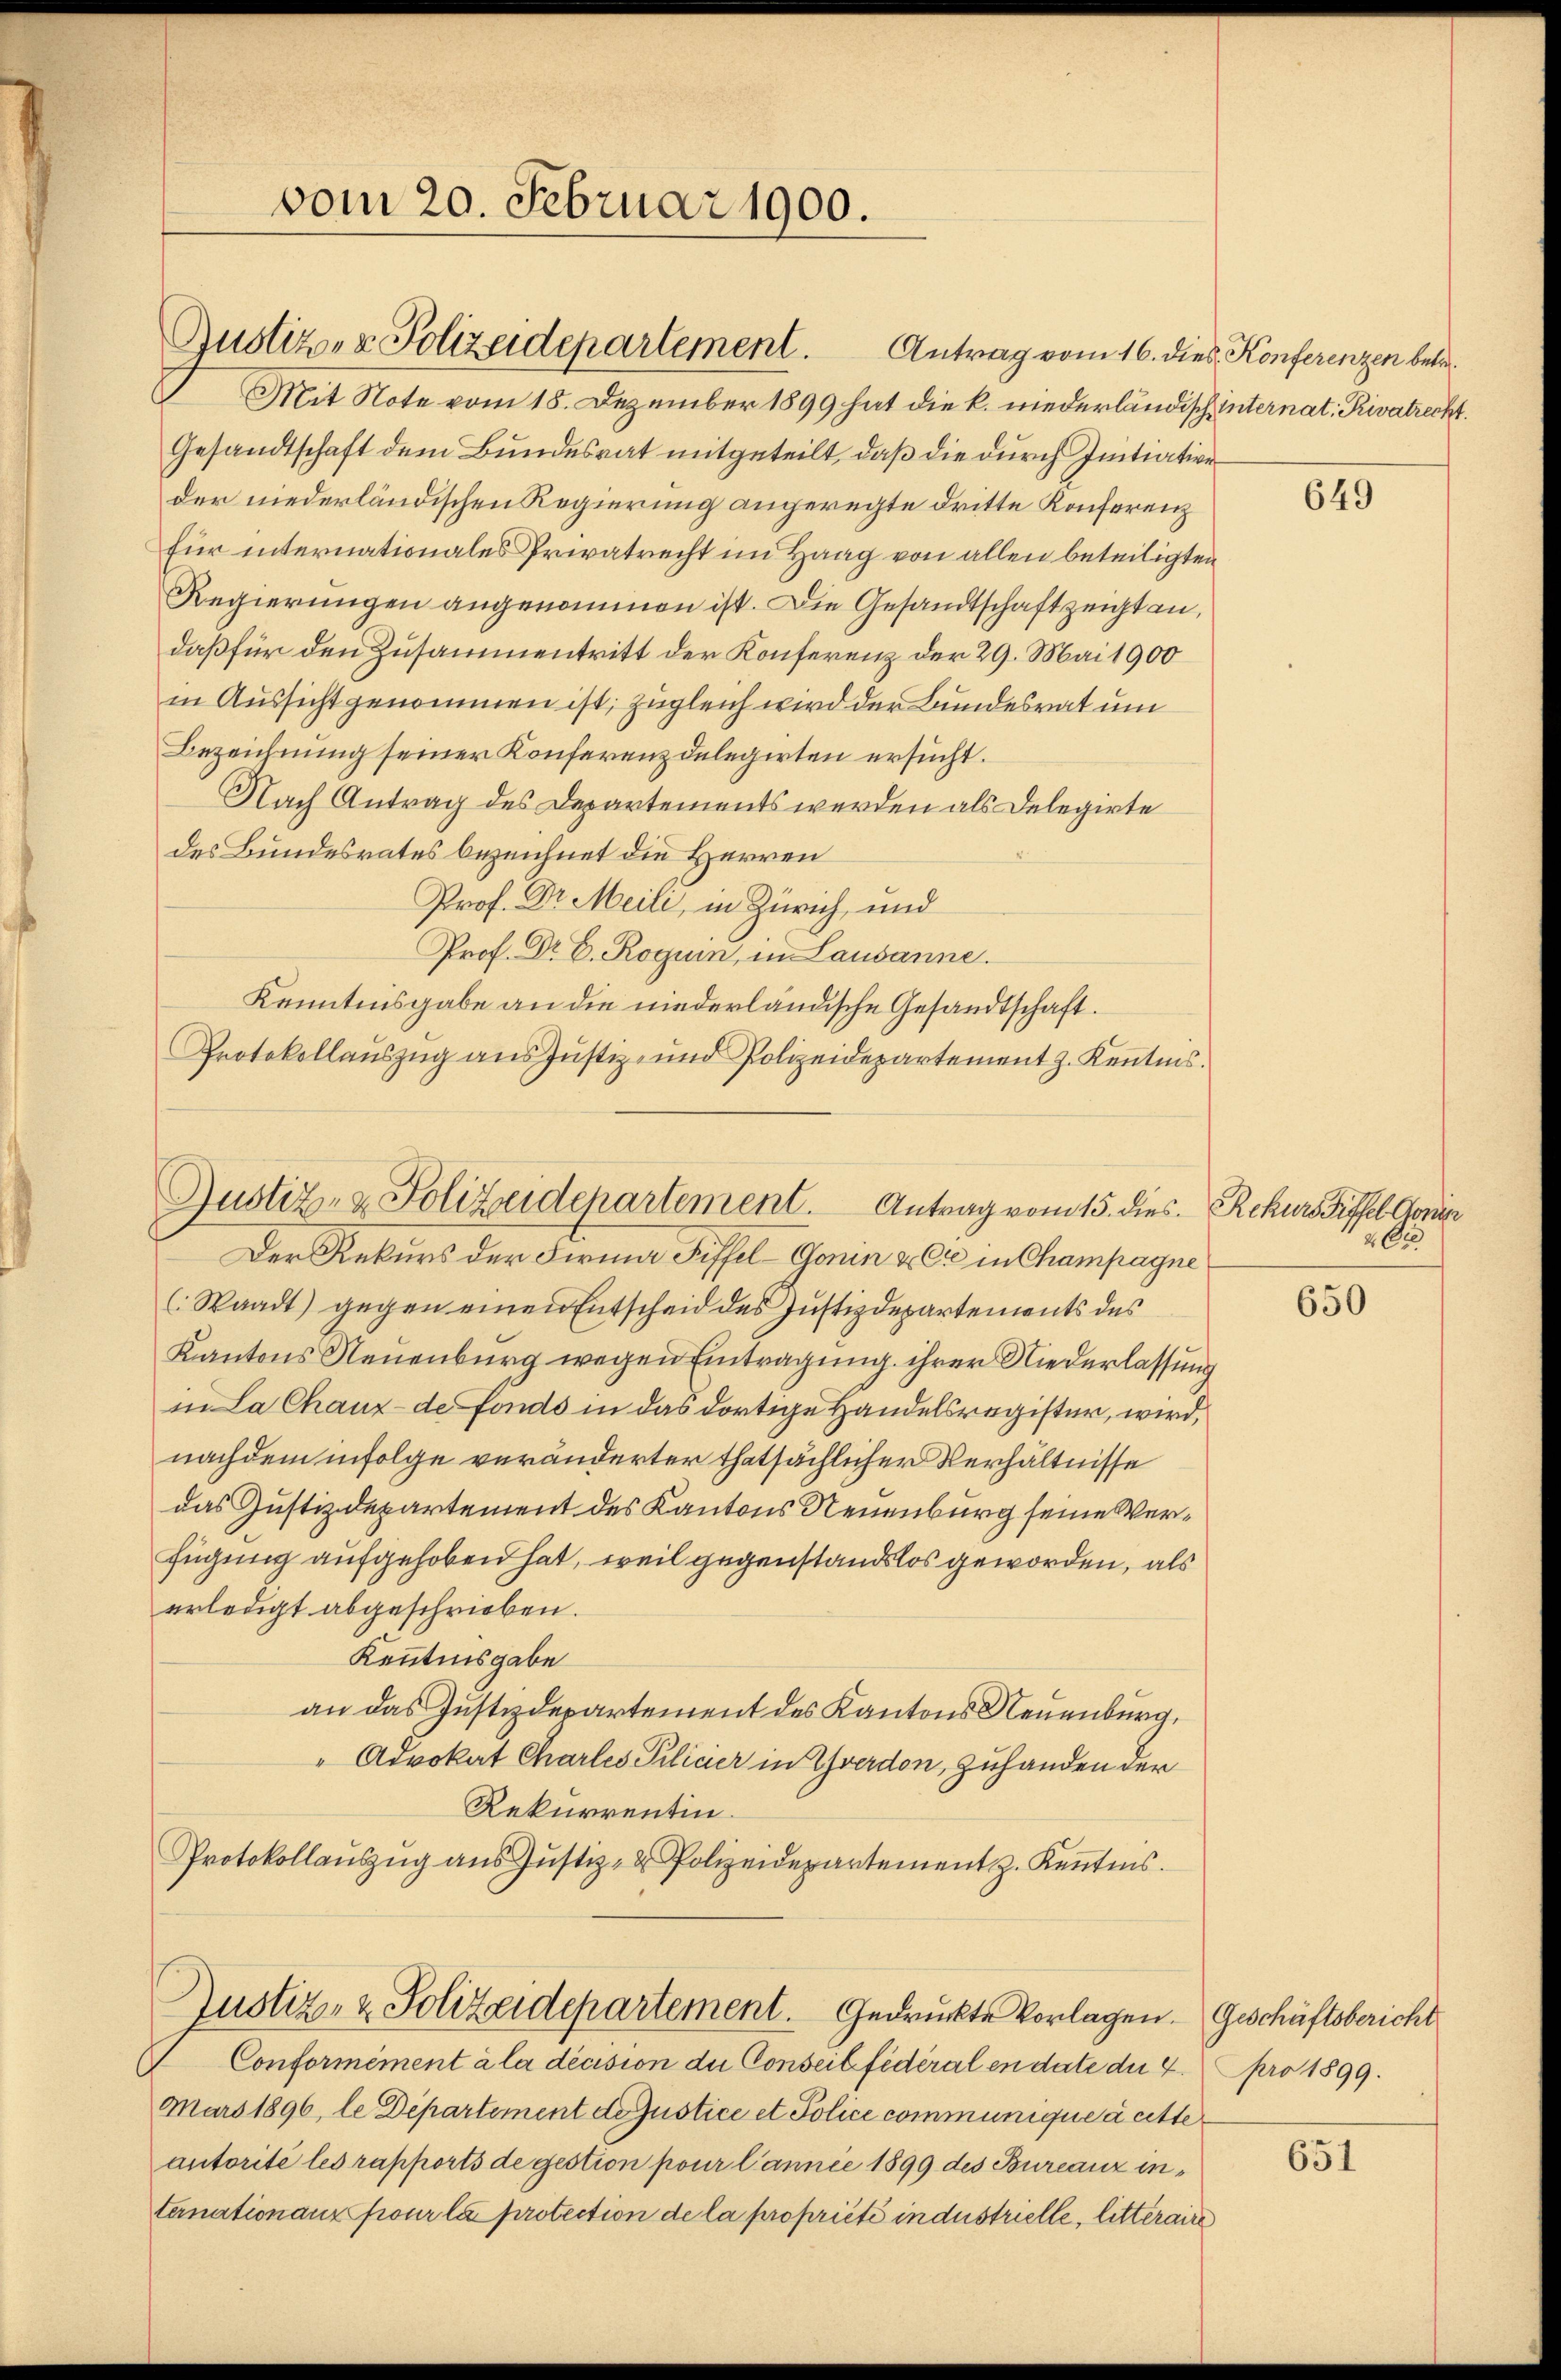
Mit Note vom 18. Dezember 1899 hat die k. niederländisch internat. Privatrecht.
Gesandtschaft dem Bundesrat mitgeteilt, daß die durch Initiative
der niederländischen Regierung angeregte dritte Konferenz
für internationales Privatrecht im Haag von allen beteiligten
Regierungen angenommen ist. Die Gesandtschaft zeigt an,
daß für den Zusammentritt der Konferenz der 29. Mai 1900
in Aussicht genommen ist, zugleich wird der Bundesrat um
Bezeichnung seiner Konferenz delegirten ersucht.
Nach Antrag des Departements werden als Delegirte
des Bundesrates bezeichnet die Herren
Prof. Dr Meili, in Zürich, und
Prof. Dr E. Roguin, in Lausanne.
Kenntnisgabe an die niederländische Gesandtschaft.
Protokollaŭszŭg ans Jŭstiz- und Polizeidepartement z. Keṅtnis.

vom 20. Februar 1900.

Justiz- & Polizeidepartement. Antrag vom 16. dies Konferenzen betr.

Justiz- & Polizeidepartement. Antrag vom 15. dies. Rekurs Fiffel Gonin

Der Rekurs der Firma Fiffel-Gonin & Cie in Champagne
(Waadt) gegen einen Entscheid des Justizdepartements des
Kantons Neuenburg wegen Eintragung ihrer Niederlassung
in La Chaux-de fonds in das dortige Handelsregister, wird,
nachdem infolge veränderter thatsächlicher Verhältnisse
das Justizdepartement des Kantons Neuenburg seine Verfügung aufgehoben hat, weil gegenstandslos geworden, als
erledigt abgeschrieben.
Kenntnisgabe
an das Justizdepartement des Kantons Neuenburg,
"Advokat Chartes Pilicier in Yverdon, zuhanden der
Rekurrentin.
Protokollauszug aus Justiz- & Polizeidepartement z. Kenntnis.
Justiz- & Polizeidepartement. Gedruckte Vorlagen. Geschäftsbericht
Conformément à la décision die Conseil fédéral en date der 4. pro 1899.
Mars 1896, le Departement doustice et Police communique à cetteautorité les rapports de gestion pour l’annie 1899 des Bureauz internationanz pour la protection de la propriété industrielle, litteraire

649

2 Oc

650

651